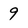
Character: 9